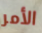
الأمر